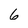
Character: 6